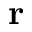
\bf r